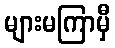
များမကြာမှီ